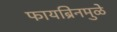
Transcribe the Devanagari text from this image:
फायब्रिनमुळे